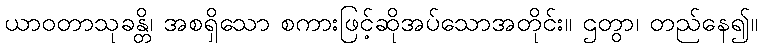
ယာဝတာသုခန္တိ၊ အစရှိသော စကားဖြင့်ဆိုအပ်သောအတိုင်း။ ဌတွာ၊ တည်နေ၍။